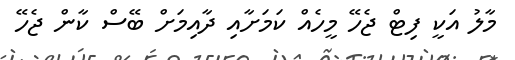
މާލު އަކީ ފިޓް ޖެހޭ މީހެއް ކަމަށާއި ދާއިމަށް ބޭސް ކާން ޖެހޭ